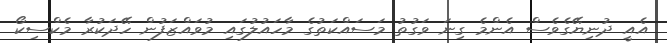
އެއީ ދުނިޔޭގެވެސް އެންމެ ގިނަ ވަގުތު މަސައްކަތުގެ މާހައުލުގައި މުވައްޒަފުން ހޭދަކުރާ މެކްސިކޯ